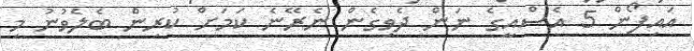
އައިފޯން 5 އެސްއީގެ ނަން ދެވިގެން ނެރޭނެ ކަމަށް ކުރިން ބެލެވުނު މި